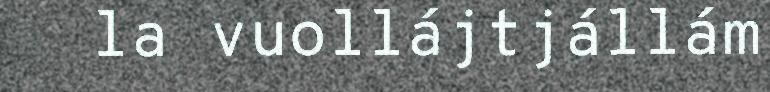
la vuollájtjállám